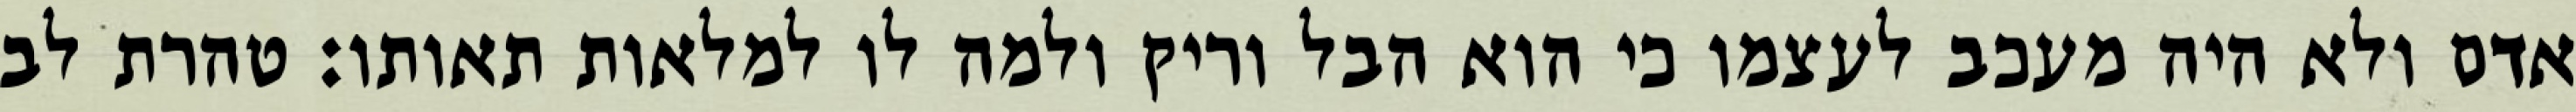
אדם ולא היה מעכב לעצמו כי הוא הבל וריק ולמה לו למלאות תאותו: טהרת לב